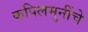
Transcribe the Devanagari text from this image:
कपिलमुनींचे